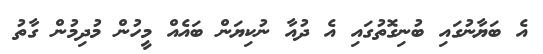
އެ ބަޔާނުގައި ބުނިގޮތުގައި އެ ދުއާ ނުކިޔަން ބައެއް މީހުން މުދިމުން ގާތު